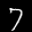
Label: 7